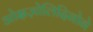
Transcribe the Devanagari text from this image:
ओक्षज़ोलिदिनोने